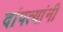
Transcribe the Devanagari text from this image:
दांपत्यांनी